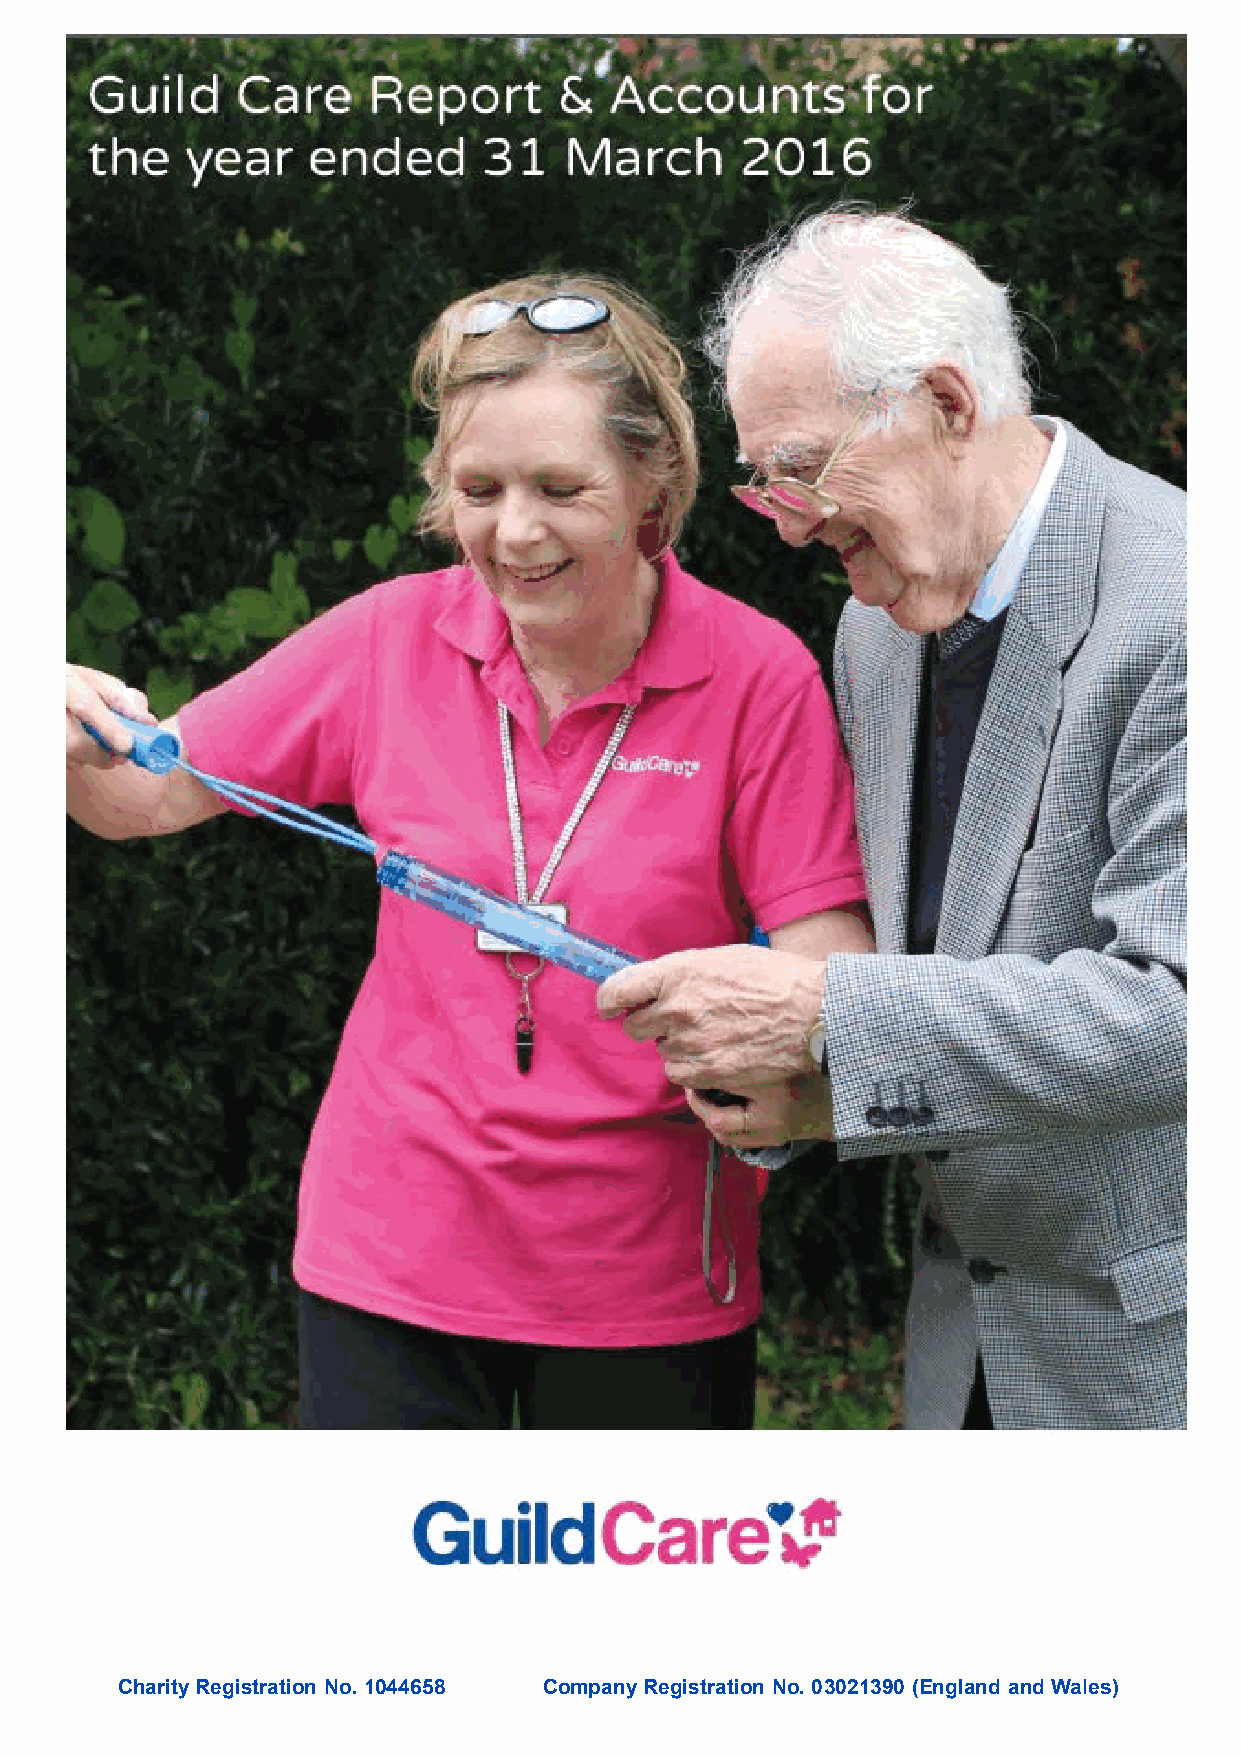
Charity Registration No. 1044658 Company Registration No. 03021390 (England and Wales)